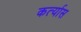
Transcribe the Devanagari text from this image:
कर्त्यास